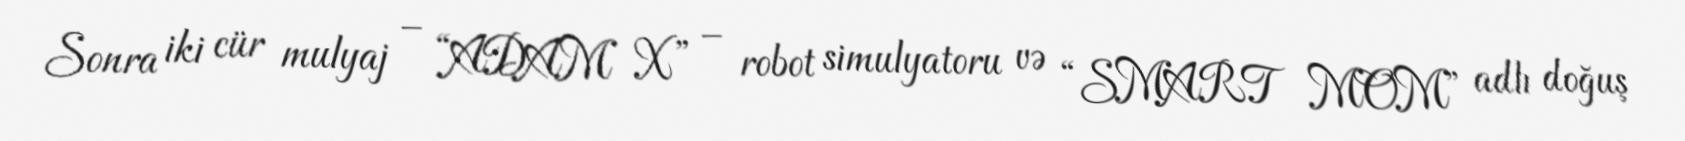
Sonra iki cür mulyaj – “ADAM X” – robot simulyatoru və “SMART MOM” adlı doğuş